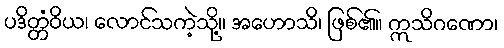
ပဒိတ္တံဝိယ၊ လောင်သကဲ့သို့။ အဟောသိ၊ ဖြစ်၏။ ဣသိဂဏော၊